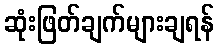
ဆုံးဖြတ်ချက်များချရန်